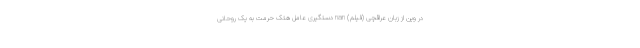
در وین از زبان عراقچی (فیلم) nan دستگیری عامل هتک حرمت به یک روحانی